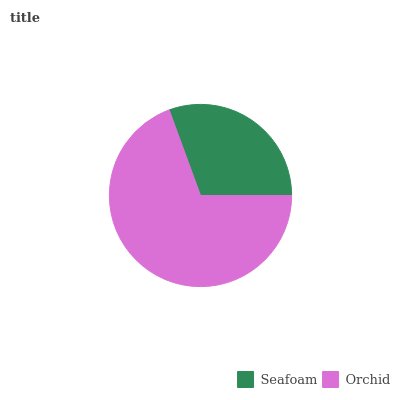
| Seafoam | Orchid |
 | --- | --- |
 | 30.6% | 69.4% |